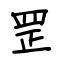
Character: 罡